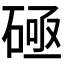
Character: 𰧐